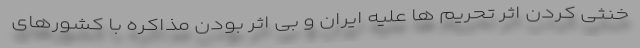
خنثی کردن اثر تحریم ها علیه ایران و بی اثر بودن مذاکره با کشورهای